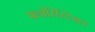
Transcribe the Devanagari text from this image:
फ्लोरिस्टिक्स